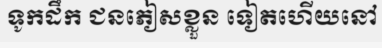
ទូកដឹក ជនភៀសខ្លួន ទៀតហើយនៅ